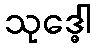
သုဒ္ဓေါ